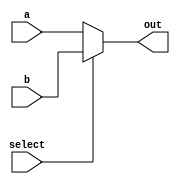
`timescale 1ns / 1ps
//////////////////////////////////////////////////////////////////////////////////
// Company: 
// Engineer: 
// 
// Design Name: 
// Module Name: Mux2to1
// Project Name: 
// Target Devices: 
// Tool Versions: 
// Description: 
// 
// Dependencies: 
// 
// Revision:
// Revision 0.01 - File Created
// Additional Comments:
// 
//////////////////////////////////////////////////////////////////////////////////


module Mux2to1(
    input wire [31:0] a, b,
    input wire select,
    output wire [31:0] out
    );
    
    assign out = (select) ? b : a;
    
endmodule